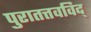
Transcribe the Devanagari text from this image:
पुरातत्तवविद्